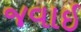
જવાઇ